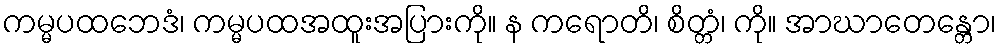
ကမ္မပထဘေဒံ၊ ကမ္မပထအထူးအပြားကို။ န ကရောတိ၊ စိတ္တံ၊ ကို။ အာဃာတေန္တော၊